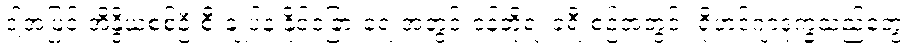
ဒါ့အပြင် အိန္ဒိယစစ်ဦးစီးချုပ်နဲ့ နိုင်ငံခြားရေးအတွင်းဝန်တို့ရဲ့ ခရီးစဉ်အတွင်း ရိုဟင်ဂျာဒုက္ခသည်တွေ